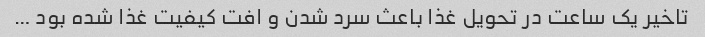
تاخیر یک ساعت در تحویل غذا باعث سرد شدن و افت کیفیت غذا شده بود …